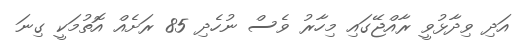
އަދި ވިދާޅުވީ ރާއްޖޭގައި މިހާރު ވެސް ނުހެދި 85 ރަށެއް އޮތުމަކީ ގިނަ